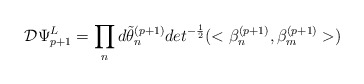
\begin{align*}{\cal D} \Psi^{L}_{p+1} = \prod_{n} d\tilde{\theta}^{(p+1)}_{n} det^{-{1 \over2}}(< \beta^{(p+1)}_{n}, \beta_{m}^{(p+1)}>)\end{align*}